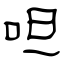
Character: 呾